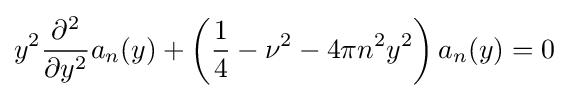
y^{2}{\frac {\partial ^{2}}{\partial y^{2}}}a_{n}(y)+\left({\frac {1}{4}}-\nu ^{2}-4\pi n^{2}y^{2}\right)a_{n}(y)=0